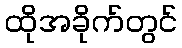
ထိုအခိုက်တွင်